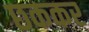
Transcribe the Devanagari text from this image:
छककर